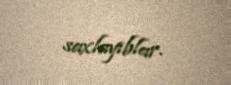
saxlayıblar.